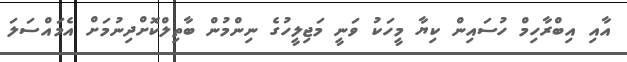
އާއި އިބްރާހިމް ހުސައިން ކިޔާ މީހަކު ވަނީ މަޖިލީހުގެ ނިންމުން ބާތިލްކޮށްދިނުމަށް އެމައްސަލަ